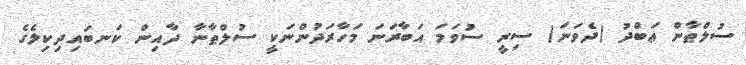
ސުލްޠާން ޢަބްދު (ދެވަނަ) ސިރީ ސުވަމަ އަބާރަނަ މަހާރަދުންނަކީ ސުލްޠާނާ ދާއިން ކަނބައިދިކިލެގެ